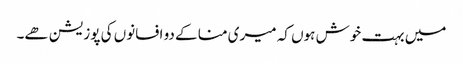
میں بہت خوش ہوں کہ میری منا کے دو افسانوں کی پوزیشن ھے۔